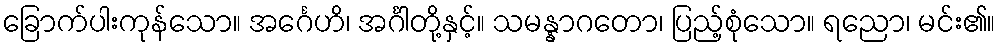
ခြောက်ပါးကုန်သော။ အင်္ဂေဟိ၊ အင်္ဂါတို့နှင့်။ သမန္နာဂတော၊ ပြည့်စုံသော။ ရညော၊ မင်း၏။